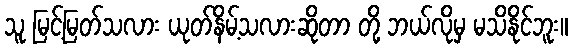
သူ မြင့်မြတ်သလား ယုတ်နိမ့်သလားဆိုတာ တို့ ဘယ်လိုမှ မသိနိုင်ဘူး။